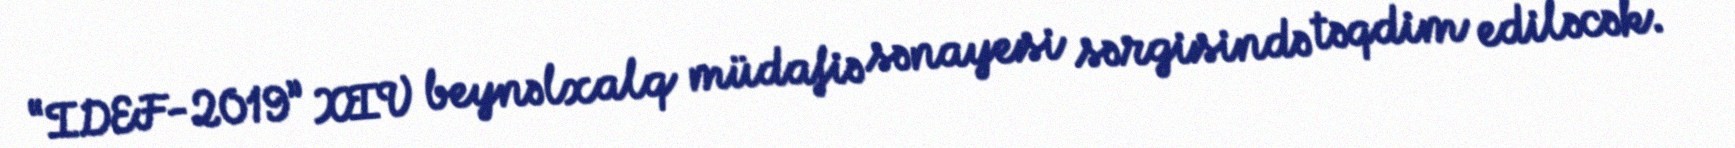
“IDEF-2019” XIV beynəlxalq müdafiə sənayesi sərgisində təqdim ediləcək.